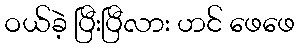
ဝယ်ခဲ့ ပြီးပြီလား ဟင် ဖေဖေ